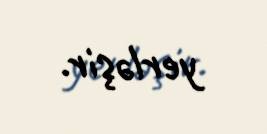
yerləşir.